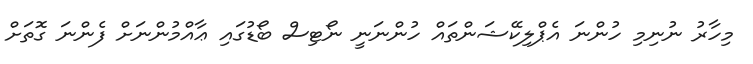
މިހާރު ނުނިމި ހުންނަ އެޕްލިކޭޝަންތައް ހުންނަނީ ނޯޓިސް ބޯޑުގައި ޢާއްމުންނަށް ފެންނަ ގޮތަށް